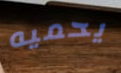
يحميه